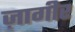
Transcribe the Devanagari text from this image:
ज़ागीर